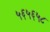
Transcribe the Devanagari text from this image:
५६५६५८